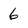
Character: 6